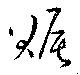
賑